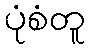
ပုံစံတူ